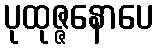
ပုထုဇ္ဇနောပေ